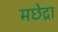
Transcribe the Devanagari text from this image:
मछेद्रा